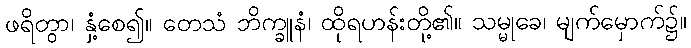
ဖရိတွာ၊ နှံ့စေ၍။ တေသံ ဘိက္ခူနံ၊ ထိုရဟန်းတို့၏။ သမ္မုခေ၊ မျက်မှောက်၌။